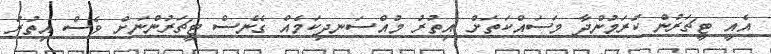
އެއީ ޓީޗަރުން ކުރަމުންދާ މަސައްކަތަށް އިތުރު މުއްސަނދިކަމެއް ގެނެސް ޓީޗަރުންނަށް ވެސް އިތުރު